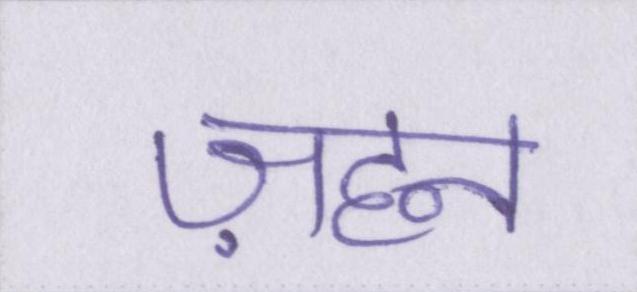
ज़हन